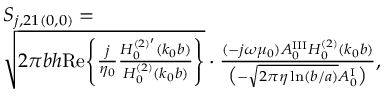
\begin{array} { r l } & { S _ { j , 2 1 ( 0 , 0 ) } = } \\ & { \sqrt { 2 \pi b h \mathrm { R e } \Bigg \{ \frac { j } { \eta _ { 0 } } \frac { H _ { 0 } ^ { ( 2 ) ^ { \prime } } ( k _ { 0 } b ) } { H _ { 0 } ^ { ( 2 ) } ( k _ { 0 } b ) } \Bigg \} } \cdot \frac { ( - j \omega \mu _ { 0 } ) A _ { 0 } ^ { \mathrm { I I I } } H _ { 0 } ^ { ( 2 ) } ( k _ { 0 } b ) } { \big ( - \sqrt { 2 \pi \eta \ln ( b / a ) } A _ { 0 } ^ { \mathrm { I } } \big ) } , } \end{array}